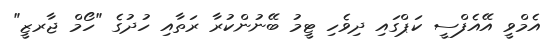
އެމްވީ އޭއެފްސީ ކަޕްގައި ދިވެހި ޓީމު ބޭނުންކުރާ ރަތާއި ހުދުގެ "ހޯމް ޖާރޒީ"